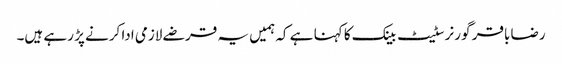
رضا باقر گورنر سٹیٹ بینک کا کہنا ہے کہ ہمیں یہ قرضے لازمی ادا کرنے پڑ رہے ہیں۔